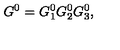
G ^ { 0 } = G _ { 1 } ^ { 0 } G _ { 2 } ^ { 0 } G _ { 3 } ^ { 0 } ,